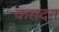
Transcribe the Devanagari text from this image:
कसदन